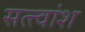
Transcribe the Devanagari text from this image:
सत्त्वांश